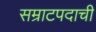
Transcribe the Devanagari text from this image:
सम्राटपदाची